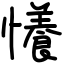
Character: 懩